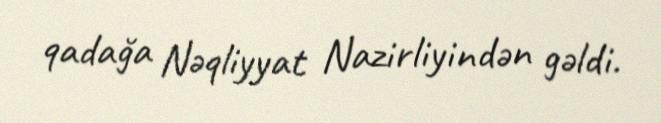
qadağa Nəqliyyat Nazirliyindən gəldi.